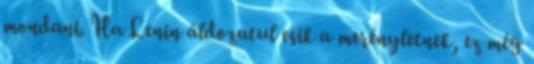
mondani. Ha Lenin áldozatul esik a merényletnek, ez még